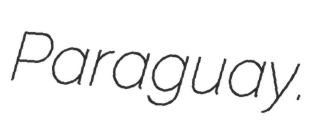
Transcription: Paraguay.